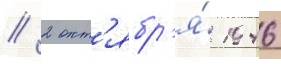
// 2 окт'ябр'я́ 1946